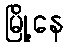
မြို့နေ